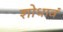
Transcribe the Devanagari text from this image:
शोधावं